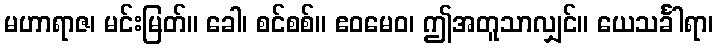
မဟာရာဇ၊ မင်းမြတ်။ ခေါ၊ စင်စစ်။ ဧဝမေဝ၊ ဤအတူသာလျှင်။ ယေသင်္ခါရာ၊